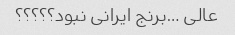
عالی …برنج ایرانی نبود؟؟؟؟؟